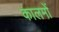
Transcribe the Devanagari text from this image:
कालमों